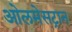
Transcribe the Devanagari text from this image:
ओलमेसट्रान